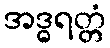
အဒ္ဓရတ္တံ